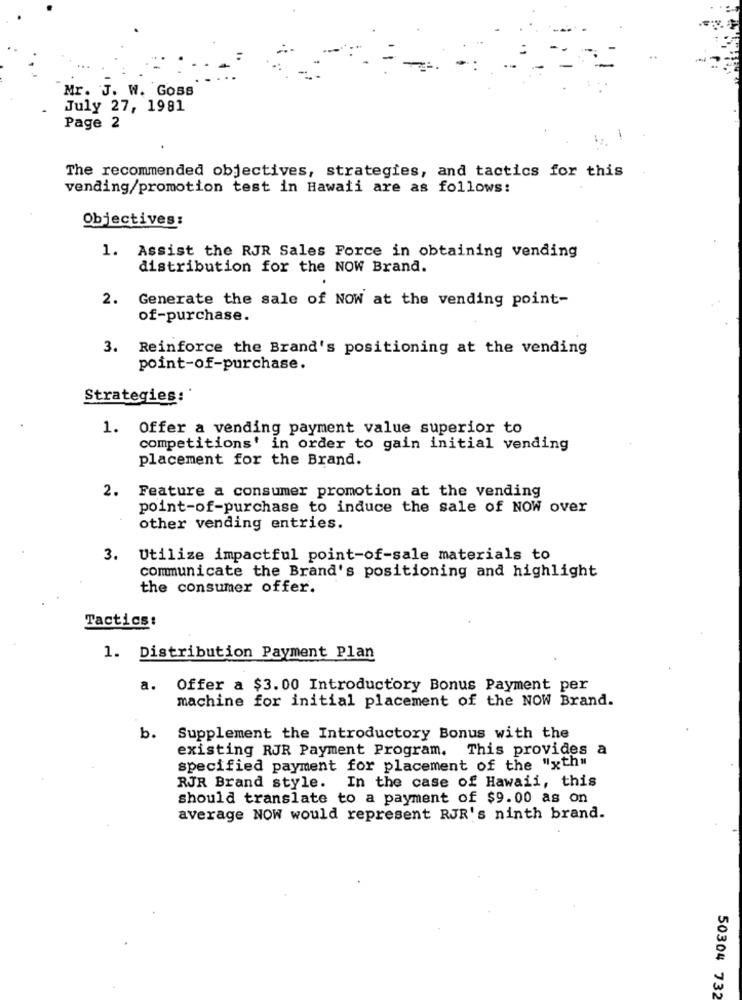
Mr. J. W. Goss
July 27, 1981
Page 2
The recommended objectives, strategies, and tactics for this
vending/promotion test in Hawaii are as follows:
Objectives:
1. Assist the RJR Sales Force in obtaining vending
distribution for the NOW Brand.
2. Generate the sale of NOW at the vending point-
of-purchase.
3. Reinforce the Brand's positioning at the vending
point-of-purchase.
Strategies :*
1. Offer a vending payment value superior to
competitions' in order to gain initial vending
placement for the Brand.
2. Feature a consumer promotion at the vending
point-of-purchase to induce the sale of NOW over
other vending entries.
3. Utilize impactful point-of-sale materials to
communicate the Brand's positioning and highlight
the consumer offer.
Tactics:
1. Distribution Payment Plan
a. Offer a $3.00 Introductory Bonus Payment per
machine for initial placement of the NOW Brand.
b.
Supplement the Introductory Bonus with the
existing RJR Payment Program. This provides a
specified payment for placement of the "xth"
RJR Brand style. In the case of Hawaii, this
should translate to a payment of $9.00 as on
average NOW would represent RJR's ninth brand.
50304 732